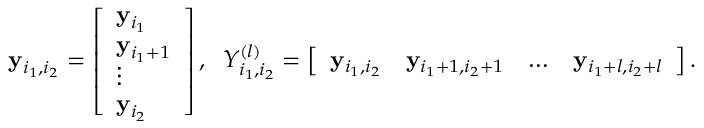
\begin{array} { r } { \mathbf { y } _ { i _ { 1 } , i _ { 2 } } = \left[ \begin{array} { l } { \mathbf { y } _ { i _ { 1 } } } \\ { \mathbf { y } _ { i _ { 1 } + 1 } } \\ { \vdots } \\ { \mathbf { y } _ { i _ { 2 } } } \end{array} \right] , \; \; Y _ { i _ { 1 } , i _ { 2 } } ^ { ( l ) } = \left[ \begin{array} { l l l l } { \mathbf { y } _ { i _ { 1 } , i _ { 2 } } } & { \mathbf { y } _ { i _ { 1 } + 1 , i _ { 2 } + 1 } } & { \ldots } & { \mathbf { y } _ { i _ { 1 } + l , i _ { 2 } + l } } \end{array} \right] . } \end{array}